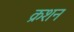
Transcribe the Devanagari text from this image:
क्रशन